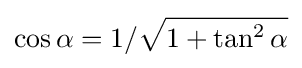
\cos \alpha =1/{\sqrt {1+\tan ^{2}\alpha }}